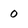
Character: 0